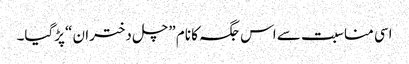
اسی مناسبت سے اس جگہ کا نام ”چل دختران “پڑگیا۔